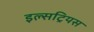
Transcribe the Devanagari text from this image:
इल्सट्रियस